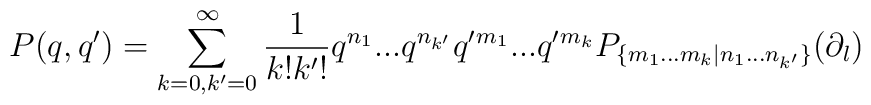
P(q,q')=\sum \limits_{k=0,k'=0}^{\infty} \frac{1}{k!k'!}q^{n_1}...q^{n_{k'}} q'{}^{m_1}...q'{}^{m_{k}} P_{\{m_1...m_k |n_1...n_{k'}\}} (\partial_l)